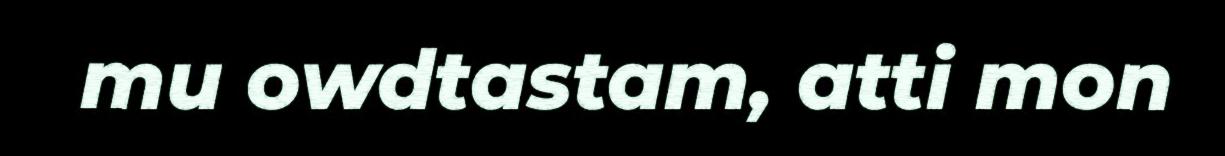
mu owdtastam, atti mon